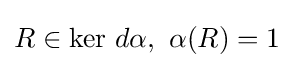
R\in \mathrm {ker} \ d\alpha ,\ \alpha (R)=1